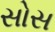
સોસ